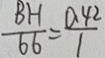
\frac { B H } { 6 6 } = \frac { 0 . 4 2 } { 1 }